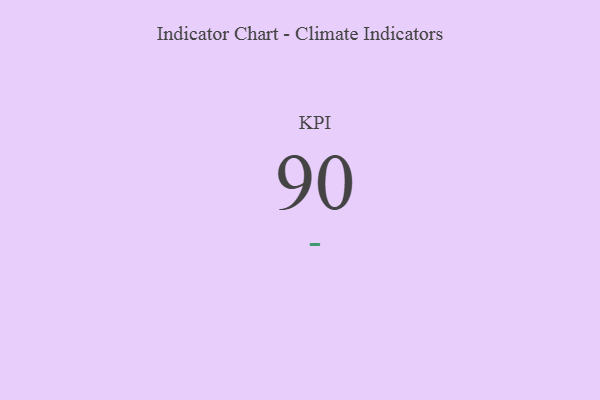
{"axis": {"x": "KPI", "y": "Value"}, "legend": [""], "data": [{"x": "KPI", "y": 90, "type": ""}]}